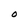
Character: O